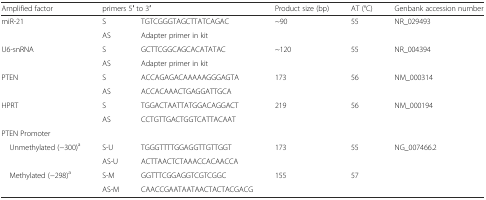
<table><thead><tr><td><b>Amplified factor</b></td><td colspan="2"><b>primers 5′ to 3′</b></td><td><b>Product size (bp)</b></td><td><b>AT (°C)</b></td><td><b>Genbank accession number</b></td></tr></thead><tbody><tr><td>miR-21</td><td>S</td><td>TGTCGGGTAGCTTATCAGAC</td><td>~90</td><td>55</td><td>NR_029493</td></tr><tr><td></td><td>AS</td><td>Adapter primer in kit</td><td></td><td></td><td></td></tr><tr><td>U6-snRNA</td><td>S</td><td>GCTTCGGCAGCACATATAC</td><td>~120</td><td>55</td><td>NR_004394</td></tr><tr><td></td><td>AS</td><td>Adapter primer in kit</td><td></td><td></td><td></td></tr><tr><td>PTEN</td><td>S</td><td>ACCAGAGACAAAAAGGGAGTA</td><td>173</td><td>56</td><td>NM_000314</td></tr><tr><td></td><td>AS</td><td>ACCACAAACTGAGGATTGCA</td><td></td><td></td><td></td></tr><tr><td>HPRT</td><td>S</td><td>TGGACTAATTATGGACAGGACT</td><td>219</td><td>56</td><td>NM_000194</td></tr><tr><td></td><td>AS</td><td>CCTGTTGACTGGTCATTACAAT</td><td></td><td></td><td></td></tr><tr><td>PTEN Promoter</td><td></td><td></td><td></td><td></td><td></td></tr><tr><td rowspan="2"> Unmethylated (−300)<sup>a</sup></td><td>S-U</td><td>TGGGTTTTGGAGGTTGTTGGT</td><td>173</td><td>55</td><td>NG_007466.2</td></tr><tr><td>AS-U</td><td>ACTTAACTCTAAACCACAACCA</td><td></td><td></td><td></td></tr><tr><td rowspan="2"> Methylated (−298)<sup>a</sup></td><td>S-M</td><td>GGTTTCGGAGGTCGTCGGC</td><td>155</td><td>57</td><td></td></tr><tr><td>AS-M</td><td>CAACCGAATAATAACTACTACGACG</td><td></td><td></td><td></td></tr></tbody></table>